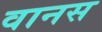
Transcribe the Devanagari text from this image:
वानस